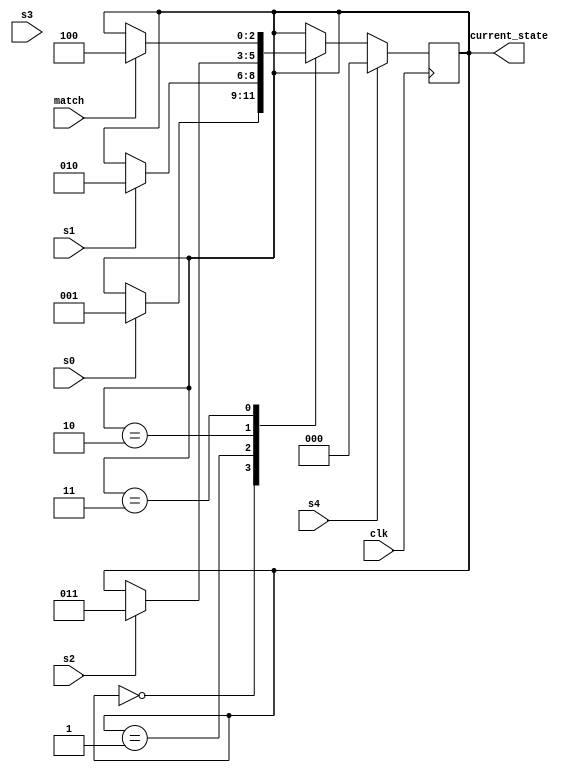
`timescale 1ns / 1ps
//////////////////////////////////////////////////////////////////////////////////
// Company: 
// Engineer: 
// 

// Design Name: 
// Module Name: CPU
// Project Name: 
// Target Devices: 
// Tool Versions: 
// Description: 
// 
// Dependencies: 
// 
// Revision:
// Revision 0.01 - File Created
// Additional Comments:
// 
//////////////////////////////////////////////////////////////////////////////////
module CPU(
    input s0,
    input s1,
    input s2,
    input s3,
    input s4,
    input match,
    input clk,
    output [2:0] current_state
    );

    parameter init = 3'b000;  // 
    parameter state_1 = 3'b001; // 
    parameter state_2 = 3'b010; // sw
    parameter state_3 = 3'b011;  // 
    parameter state_4 = 3'b100;  // 

    reg [2:0] state = init;

    assign current_state = state;

    // 
    always @(posedge clk) begin
        case(state)
            init: begin
                if(s4 == 1'b1)
                    state <= init;
                else if(s0 == 1'b1)
                    state <= state_1;
                else;
            end
            state_1: begin
                if(s4 == 1'b1)
                    state <= init;
                else if(s1 == 1'b1)
                    state <= state_2;
                else;
            end
            state_2: begin
                if(s4 == 1'b1)
                    state <= init;
                else if(s2 == 1'b1)
                    state <= state_3;
                else;
            end
            state_3: begin
                if(s4 == 1'b1)
                    state <= init;
                else if(match == 1'b1)
                    state <= state_4;
                else;
            end
            default;
        endcase
        if(s4 == 1'b1) state <= init;
    end
endmodule